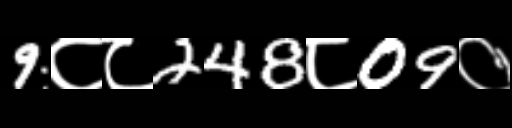
Text: 9८८248८09०